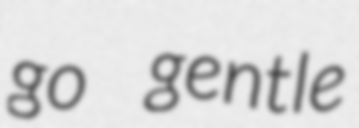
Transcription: go gentle